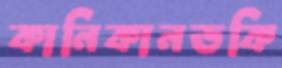
কানিকানডকি